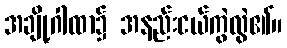
အချို့ဂါထာ၌ အနည်းငယ်ကွဲလွဲ၏။